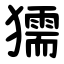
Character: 獳